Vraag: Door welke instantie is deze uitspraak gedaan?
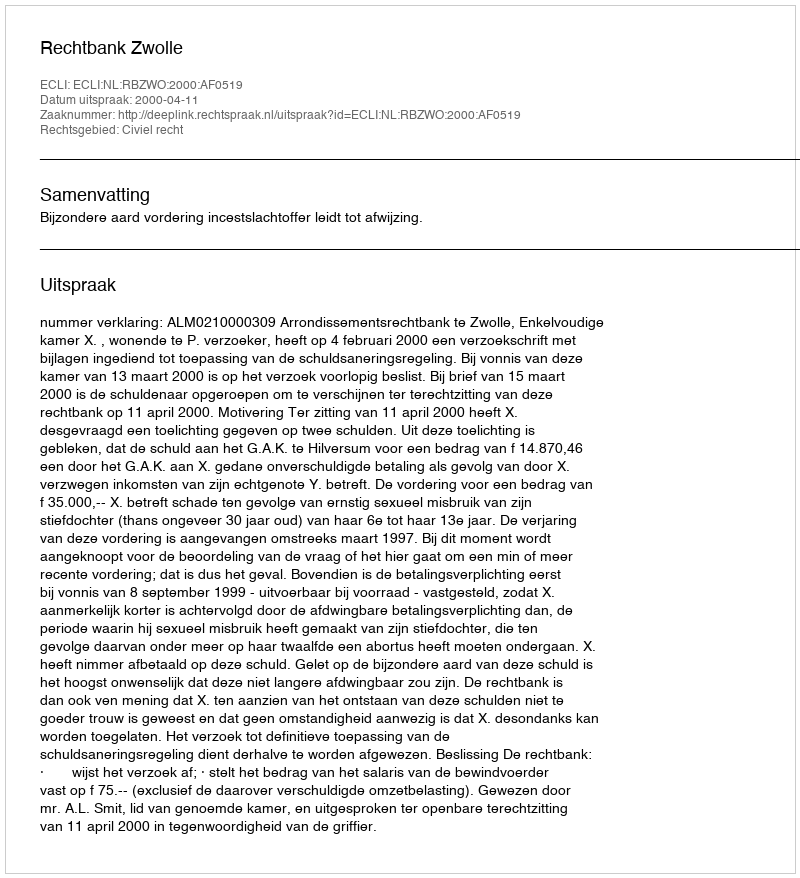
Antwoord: Rechtbank Zwolle